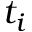
t _ { i }